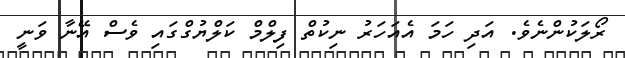
ރޯލަކުންނެވެ. އަދި ހަމަ އެއަހަރު ނިކުތް ފިލްމް ކަލްޔުގްގައި ވެސް އޭނާ ވަނީ